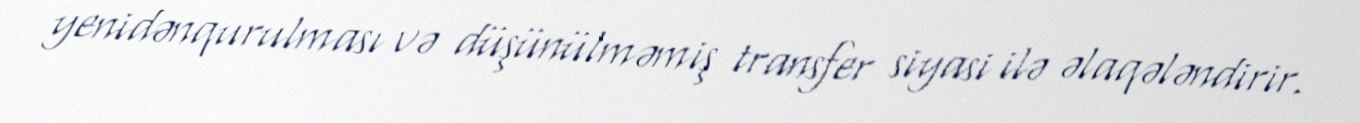
yenidənqurulması və düşünülməmiş transfer siyasi ilə əlaqələndirir.